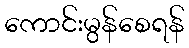
ကောင်းမွန်စေရန်